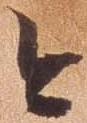
今